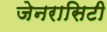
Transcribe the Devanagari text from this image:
जेनरासिटी